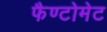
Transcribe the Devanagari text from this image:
फैण्टोमेट